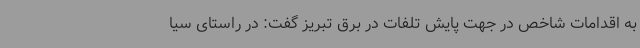
به اقدامات شاخص در جهت پایش تلفات در برق تبریز گفت: در راستای سیا